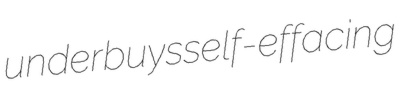
underbuys self-effacing